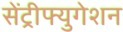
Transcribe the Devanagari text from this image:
सेंट्रीफ्युगेशन